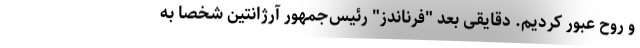
و روح عبور کردیم. دقایقی بعد "فرناندز" رئیس‌جمهور آرژانتین شخصا به